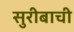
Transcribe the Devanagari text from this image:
सुरीबाची